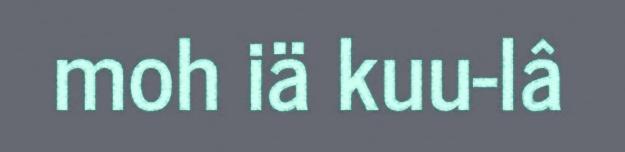
moh iä kuu-lâ